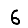
Digit: 6